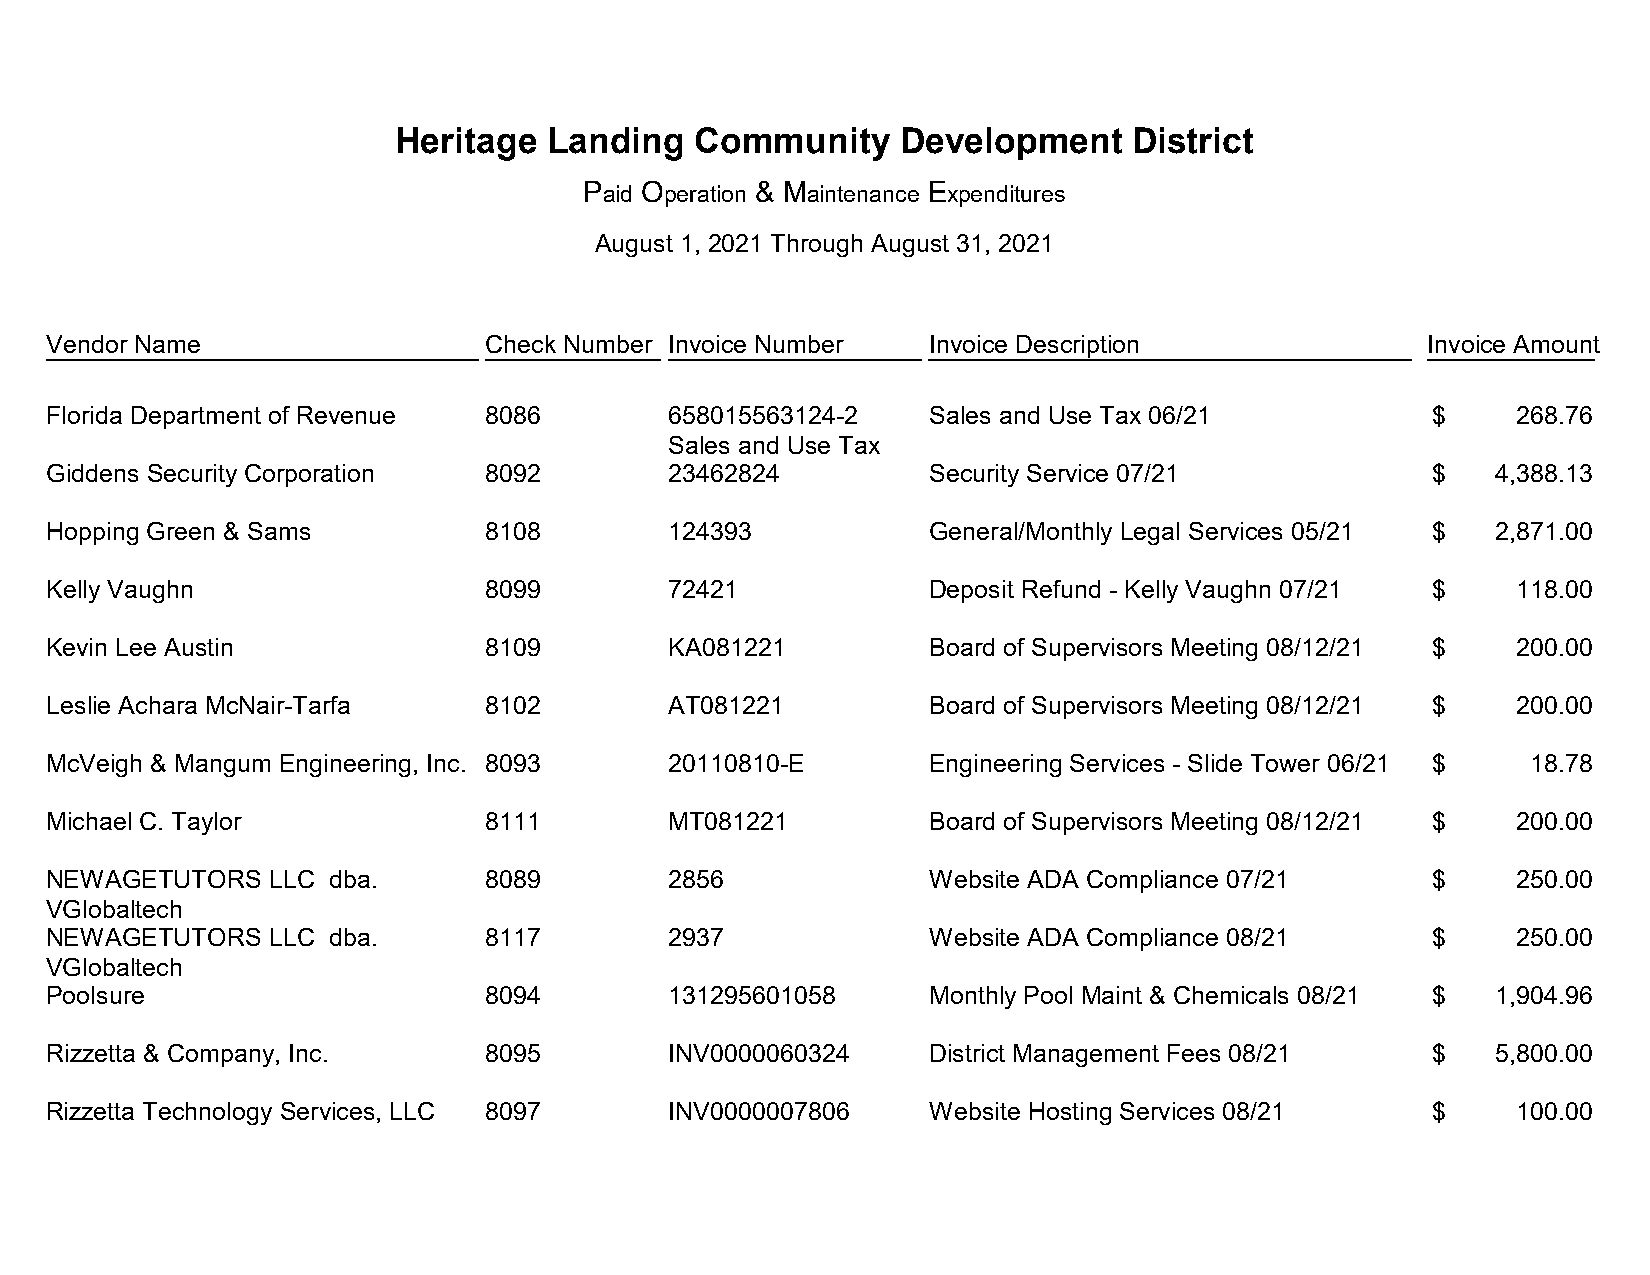
Heritage  Landing   Community    Development     District
 Paid Operation & Maintenance Expenditures
 August 1, 2021 Through August 31, 2021
 Vendor Name                  Check Number Invoice Number  Invoice Description              Invoice Amount
 Florida Department of Revenue 8086       658015563124-2   Sales and Use Tax 06/21          $     268.76
 Sales and Use Tax
 Giddens Security Corporation 8092        23462824         Security Service 07/21           $    4,388.13
 Hopping Green & Sams         8108        124393           General/Monthly Legal Services 05/21 $ 2,871.00
 Kelly Vaughn                 8099        72421            Deposit Refund - Kelly Vaughn 07/21 $  118.00
 Kevin Lee Austin             8109        KA081221         Board of Supervisors Meeting 08/12/21 $ 200.00
 Leslie Achara McNair-Tarfa   8102        AT081221         Board of Supervisors Meeting 08/12/21 $ 200.00
 McVeigh & Mangum Engineering, Inc. 8093  20110810-E       Engineering Services - Slide Tower 06/21 $ 18.78
 Michael C. Taylor            8111        MT081221         Board of Supervisors Meeting 08/12/21 $ 200.00
 NEWAGETUTORS  LLC dba.       8089        2856             Website ADA Compliance 07/21     $     250.00
 VGlobaltech
 NEWAGETUTORS  LLC dba.       8117        2937             Website ADA Compliance 08/21     $     250.00
 VGlobaltech
 Poolsure                     8094        131295601058     Monthly Pool Maint & Chemicals 08/21 $ 1,904.96
 Rizzetta & Company, Inc.     8095        INV0000060324    District Management Fees 08/21   $    5,800.00
 Rizzetta Technology Services, LLC 8097   INV0000007806    Website Hosting Services 08/21   $     100.00